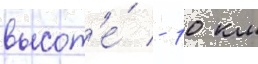
высот'е́ - 10 км